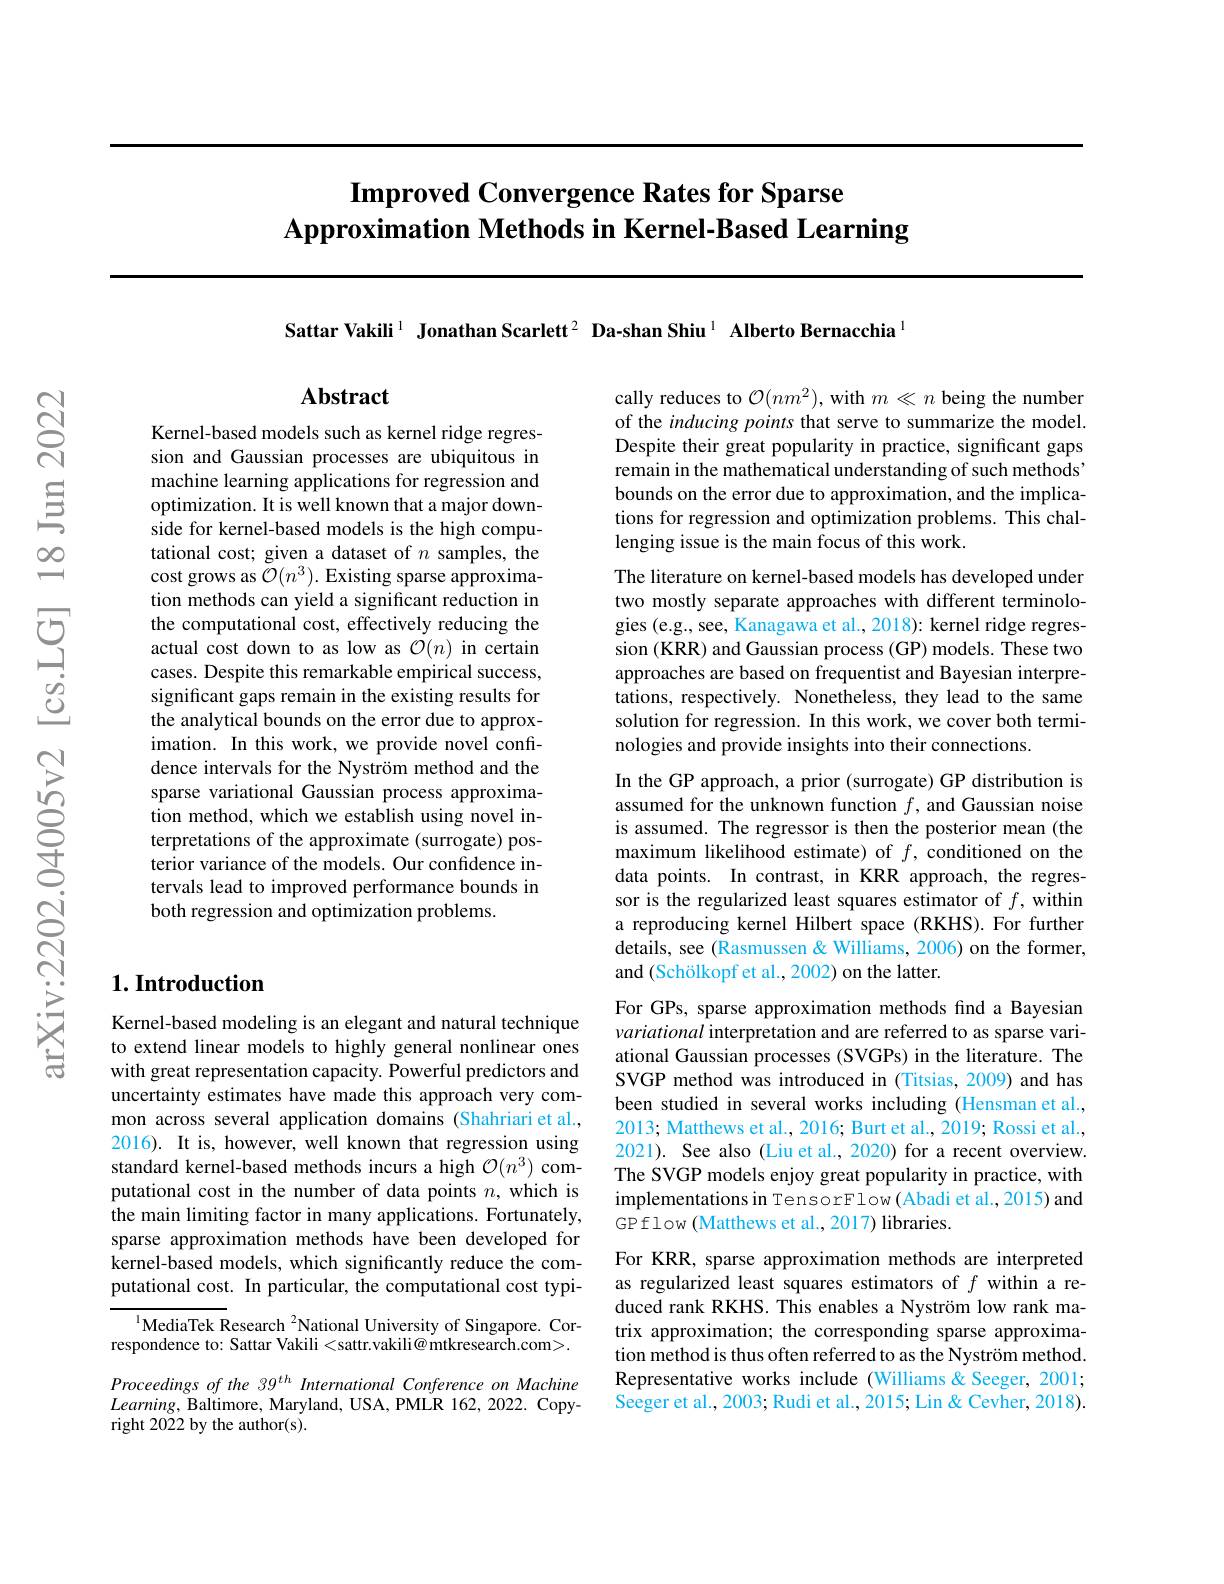
# Improved Convergence Rates for Sparse $\textbf{Approximation Methods in Kernel- Based Learning}$

Sattar Vakili $^{1}$ Jonathan Scarlett$^2$ Da-shan Shiu$^{1}$ Alberto Bernacchia$^{1}$

## $\mathbf{Abstract}$

cally reduces to $\mathcal{O}(nm^2)$, with $m\ll n$ being the number of the inducing points that serve to summarize the model. Despite their great popularity in practice, significant gaps remain in the mathematical understanding of such methods bounds on the error due to approximation, and the implications for regression and optimization problems. This challenging issue is the main focus of this work.

The literature on kernel-based models has developed under two mostly separate approaches with different terminologies (e.g., see, Kanagawa et al., 2018): kernel ridge regression (KRR) and Gaussian process (GP) models. These two approaches are based on frequentist and Bayesian interpretations, respectively. Nonetheless, they lead to the same solution for regression. In this work, we cover both terminologies and provide insights into their connections.

Kernel-based models such as kernel ridge regression and Gaussian processes are ubiquitous in machine learning applications for regression and optimization. It is well known that a major downside for kernel-based models is the high computational cost; given a dataset of $n$ samples, the cost grows as $\tilde{\mathcal{O}}(n^{3}).$ Existing sparse approximation methods can yield a significant reduction in the computational cost, effectively reducing the actual cost down to as low as $\mathcal{O}(n)$ in certain cases. Despite this remarkable empirical success, significant gaps remain in the existing results for the analytical bounds on the error due to approximation. In this work, we provide novel confidence intervals for the Nyström method and the sparse variational Gaussian process approximation method, which we establish using novel interpretations of the approximate (surrogate) posterior variance of the models. Our confidence intervals lead to improved performance bounds in both regression and optimization problems.

## $1. \textbf{Introduction}$

Kernel-based modeling is an elegant and natural technique to extend linear models to highly general nonlinear ones with great representation capacity. Powerful predictors and uncertainty estimates have made this approach very common across several application domains (Shahriari et al., 2016). It is, however, well known that regression using standard kernel-based methods incurs a high $\mathcal{O}(n^3)$ computational cost in the number of data points $n$, which is the main limiting factor in many applications. Fortunately, sparse approximation methods have been developed for kernel-based models, which significantly reduce the computational cost. In particular, the computational cost typi-

$^{1}$MediaTek Research $^{2}$National University of Singapore. Correspondence to: Sattar Vakili <sattr.vakili@ mtkresearch.com>.

Proceedings of the 39$^{th}$ International Conference on Machine $Learning$, Baltimore, Maryland, USA, PMLR 162, 2022. Copyright 2022 by the author(s).

In the GP approach, a prior (surrogate) GP distribution is assumed for the unknown function $f$, and Gaussian noise is assumed. The regressor is then the posterior mean (the maximum likelihood estimate) of $f$, conditioned on the data points. In contrast, in KRR approach, the regressor is the regularized least squares estimator of $f$, within a reproducing kernel Hilbert space (RKHS). For further details, see (Rasmussen& Williams, 2006) on the former, and (Schölkopf et al., 2002) on the latter.

For GPs, sparse approximation methods find a Bayesian variational interpretation and are referred to as sparse variational Gaussian processes (SVGPs) in the literature. The SVGP method was introduced in (Titsias, 2009) and has been studied in several works including (Hensman et al., 2013; Matthews et al., 2016; Burt et al., 2019; Rossi et al., 2021). See also (Liu et al., 2020) for a recent overview.

The SVGP models enjoy great popularity in practice, with implementations in TensorFlow(Abadi et al.,2015) and GP flow (Matthews et al., 2017) libraries.
For KRR, sparse approximation methods are interpreted as regularized least squares estimators of $f$ within a reduced rank RKHS. This enables a Nyström low rank matrix approximation; the corresponding sparse approximation method is thus often referred to as the Nyström method Representative works include (Williams & Seeger, 2001; Seeger et al., 2003; Rudi et al., 2015; Lin & Cevher, 2018).